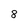
Character: 8